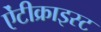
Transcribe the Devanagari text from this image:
ऐंटीक्राइस्ट